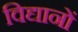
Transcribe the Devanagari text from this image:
विद्यानों